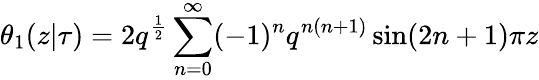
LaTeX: \theta_{1}(z|\tau)=2q^{\frac{1}{2}}\sum_{n=0}^{\infty}(-1)^{n}q^{n(n+1)}\sin(2n+1)\pi z